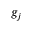
g _ { j }